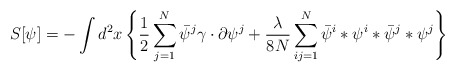
\begin{align*}S[\psi]=-\int d^2x \left\{ \frac{1}{2}\sum_{j=1}^N\bar\psi^j\gamma\cdot\partial\psi^j+\frac{\lambda}{8N}\sum_{ij=1}^N\bar\psi^i*\psi^i*\bar\psi^j*\psi^j\right\}\end{align*}